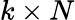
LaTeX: k\times N